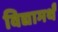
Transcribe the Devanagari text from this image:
विद्यामर्थं